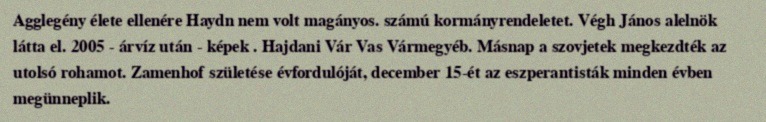
Agglegény élete ellenére Haydn nem volt magányos. számú kormányrendeletet. Végh János alelnök látta el. 2005 - árvíz után - képek . Hajdani Vár Vas Vármegyéb. Másnap a szovjetek megkezdték az utolsó rohamot. Zamenhof születése évfordulóját, december 15-ét az eszperantisták minden évben megünneplik.